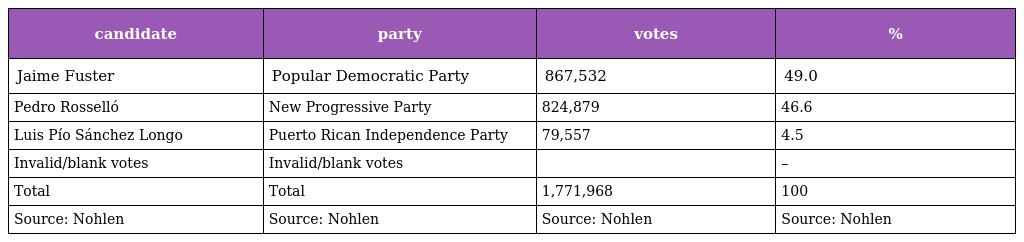
| candidate | party | votes | % |
 | --- | --- | --- | --- |
 | Jaime Fuster | Popular Democratic Party | 867,532 | 49.0 |
 | Pedro Rosselló | New Progressive Party | 824,879 | 46.6 |
 | Luis Pío Sánchez Longo | Puerto Rican Independence Party | 79,557 | 4.5 |
 | Invalid/blank votes | Invalid/blank votes |  | – |
 | Total | Total | 1,771,968 | 100 |
 | Source: Nohlen | Source: Nohlen | Source: Nohlen | Source: Nohlen |